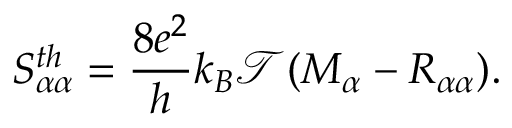
{ S _ { \alpha \alpha } ^ { t h } = \frac { 8 e ^ { 2 } } { h } k _ { B } \mathcal { T } ( M _ { \alpha } - R _ { \alpha \alpha } ) } .